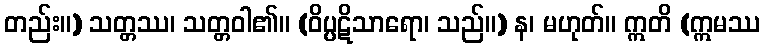
တည်း။) သတ္တဿ၊ သတ္တဝါ၏။ (ဝိပ္ပဋိသာရော၊ သည်။) န၊ မဟုတ်။ ဣတိ (ဣမဿ